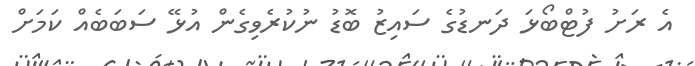
އެ ރަށު ފުޓްބޯޅަ ދަނޑުގެ ސައިޒު ބޮޑު ނުކުރެވިގެން އުޅޭ ސަބަބެއް ކަމަށް